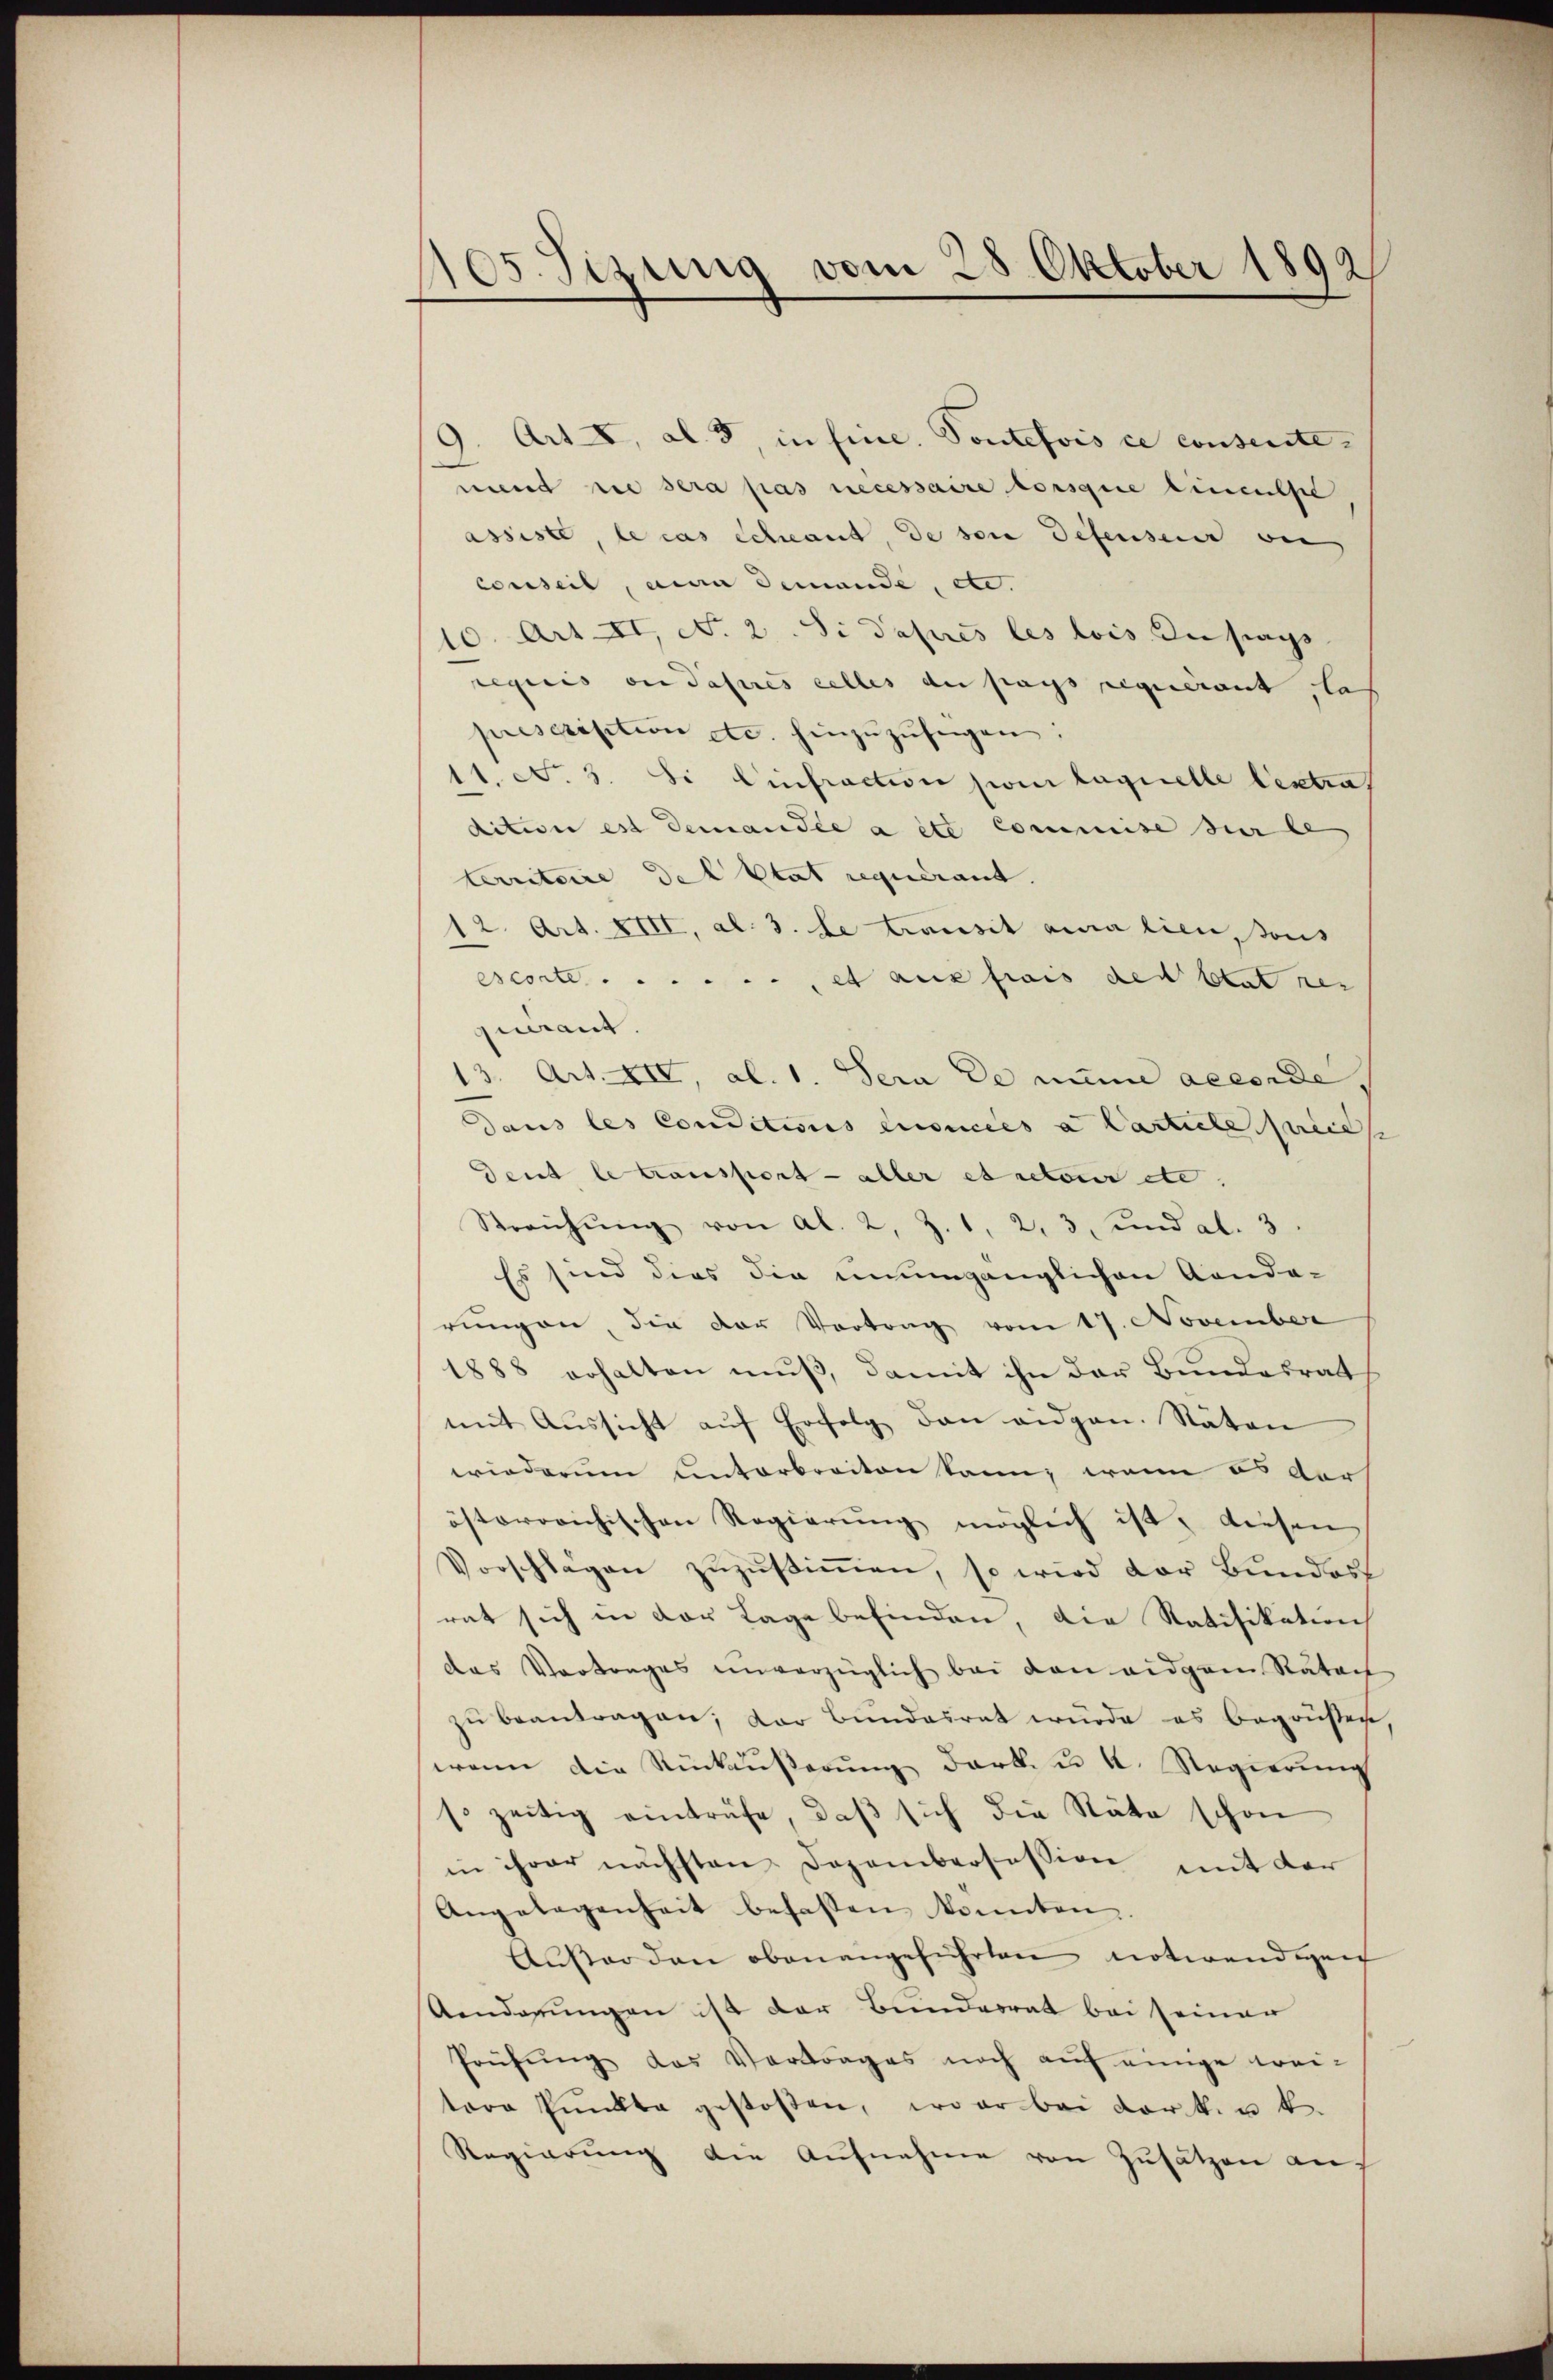
105. Sizung vom 28. Oktober 1892

d. Art. 4, Al. 3, in fine. Toutefois ce conseite
mund die sera pas necessaire lorsque linentse
assiste, le cas Schant, de son Defenserer be
Conseil, man demande, etc.
10. Art. II, No. 2. Si daprès les lois zu sags
requis an Pasires celles du pays requérant, la
prescription etc. hinzuzufügen:
11. No. 3. Si Einfraction pour laquelle lextra
dition est demandée a été commise sur le
territoire del Etat requerant.
12. Art. XIII, al. 3. de transit ana lieu, sous
escorte ....... et aus frais des Etat res
querant.
13. Art. XIV, al. 1. Sera de nun accorde
dans les Conditions concées a Carticle peres
dent le transport - aller es retour etc.
Streichŭng von Al. 2, Z. 1, 2, 3, und al. 3
Es sind dies die unumgänglichen Landa-
rungen, die der Vortrag vom 17. November
1888 erhalten muß, damit ihn der Bundesrat
mit Aussicht aŭf Erfolg den eidgen. Stäten
wiederum einterbreiten kann, wenn es der
östorovichischen Regierung möglich ist, diesen
Vorschlagen zŭzŭstiṁen, so wird der Bŭndest
rat sich in der Lage befinden, die Ratifikation
das Vortrages unverzüglich bei den eidgem Rata
zŭ beantragen; der Bundesrat wurde es begrüßen,
wenn die Rückŭβerŭng dark. u. a. Regierŭng
so zeitig einträfe, daβ sich die Räte schon
in ihrer nächsten Dezembersession mit der
Angelegenheit besassen könnten.
Außerden obenangeführten notwendigen
Aenderungen ist der Bunderrat bei seiner
Prüfŭng das Vertrages noch aŭf einige wei-
tore Pŭnkte gestoßen, war bei dorter k.
Regierung die Aufnahme von Zusätzen auf